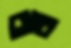
বীজ